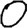
Digit: 0